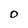
Character: 0